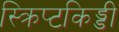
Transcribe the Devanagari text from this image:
स्क्रिप्टकिड्डी